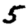
Digit: 5